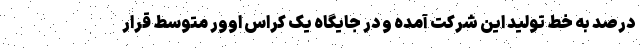
درصد به خط تولید این شرکت آمده و در جایگاه یک کراس اوور متوسط قرار